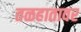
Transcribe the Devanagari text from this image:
तळहातावर